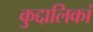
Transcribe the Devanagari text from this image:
कुद्दालिकां